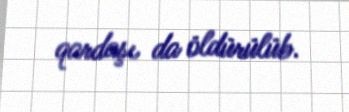
qardaşı da öldürülüb.